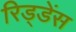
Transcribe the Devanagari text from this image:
रिड्डेंस